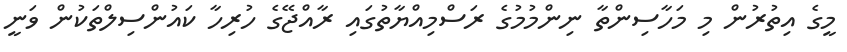
މީގެ އިތުރުން މި މަހާސިންތާ ނިންމުމުގެ ރަސްމިއްޔާތުގައި ރާއްޖޭގެ ހުރިހާ ކައުންސިލްތަކުން ވަނީ